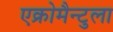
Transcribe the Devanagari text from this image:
एक्रोमैन्टुला